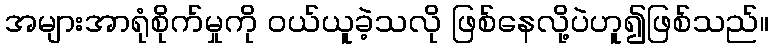
အများအာရုံစိုက်မှုကို ဝယ်ယူခဲ့သလို ဖြစ်နေလို့ပဲဟူ၍ဖြစ်သည်။